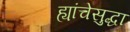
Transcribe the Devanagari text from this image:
ह्यांचेसुद्धा